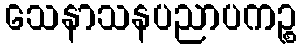
သေနာသနပညာပကဉ္စ